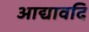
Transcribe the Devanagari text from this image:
आद्यावदि